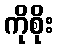
ကိုစိုး